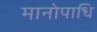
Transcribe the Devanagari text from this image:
मानोपाधि